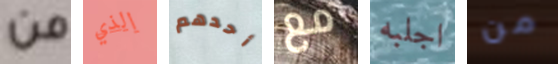
من الذي أحدهم مع اجلبه من